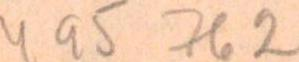
495 762